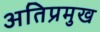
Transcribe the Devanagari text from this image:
अतिप्रमुख